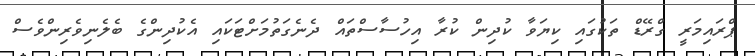
ޕްރައިމަރީ ގްރޭޑް ތަކުގައި ކިޔަވާ ކުދިން ކުރާ އިހުސާސްތައް ދެނެގަތުމަށްޓަކައި އެކުދިންގެ ބެލެނިވެރިންވެސް